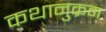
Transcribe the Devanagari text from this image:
कथानुक्रम